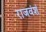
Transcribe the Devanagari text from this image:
राजवंशं